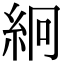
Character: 絅